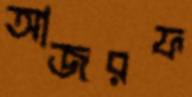
আজরফ